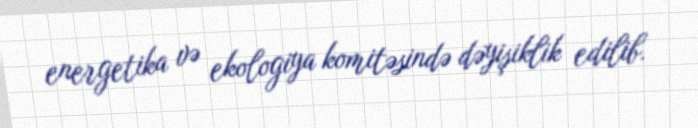
energetika və ekologiya komitəsində dəyişiklik edilib.